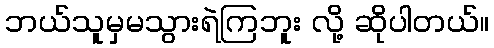
ဘယ်သူမှမသွားရဲကြဘူး လို့ ဆိုပါတယ်။